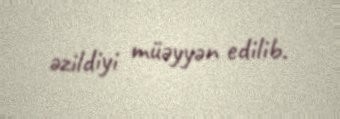
əzildiyi müəyyən edilib.